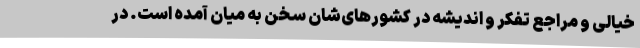
خیالی و مراجع تفکر و اندیشه در کشورهای‌شان سخن به میان آمده است. در